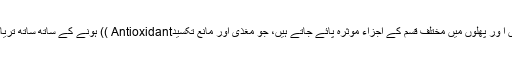
مختلف رنگوں کی حامل سبزیوں ا ور پھلوں میں مختلف قسم کے اجزاء موثرہ پائے جاتے ہیں، جو مغذی اور مانع تکسیدAntioxidant )) ہونے کے ساتھ ساتھ تریاقی اثرات کیے حامل ہوتے ہیں۔